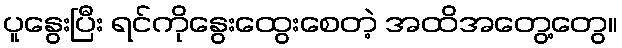
ပူနွေးပြီး ရင်ကိုနွေးထွေးစေတဲ့ အထိအတွေ့တွေ။